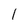
Character: 1